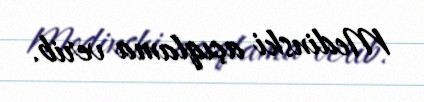
Medinski açıqlama verib.